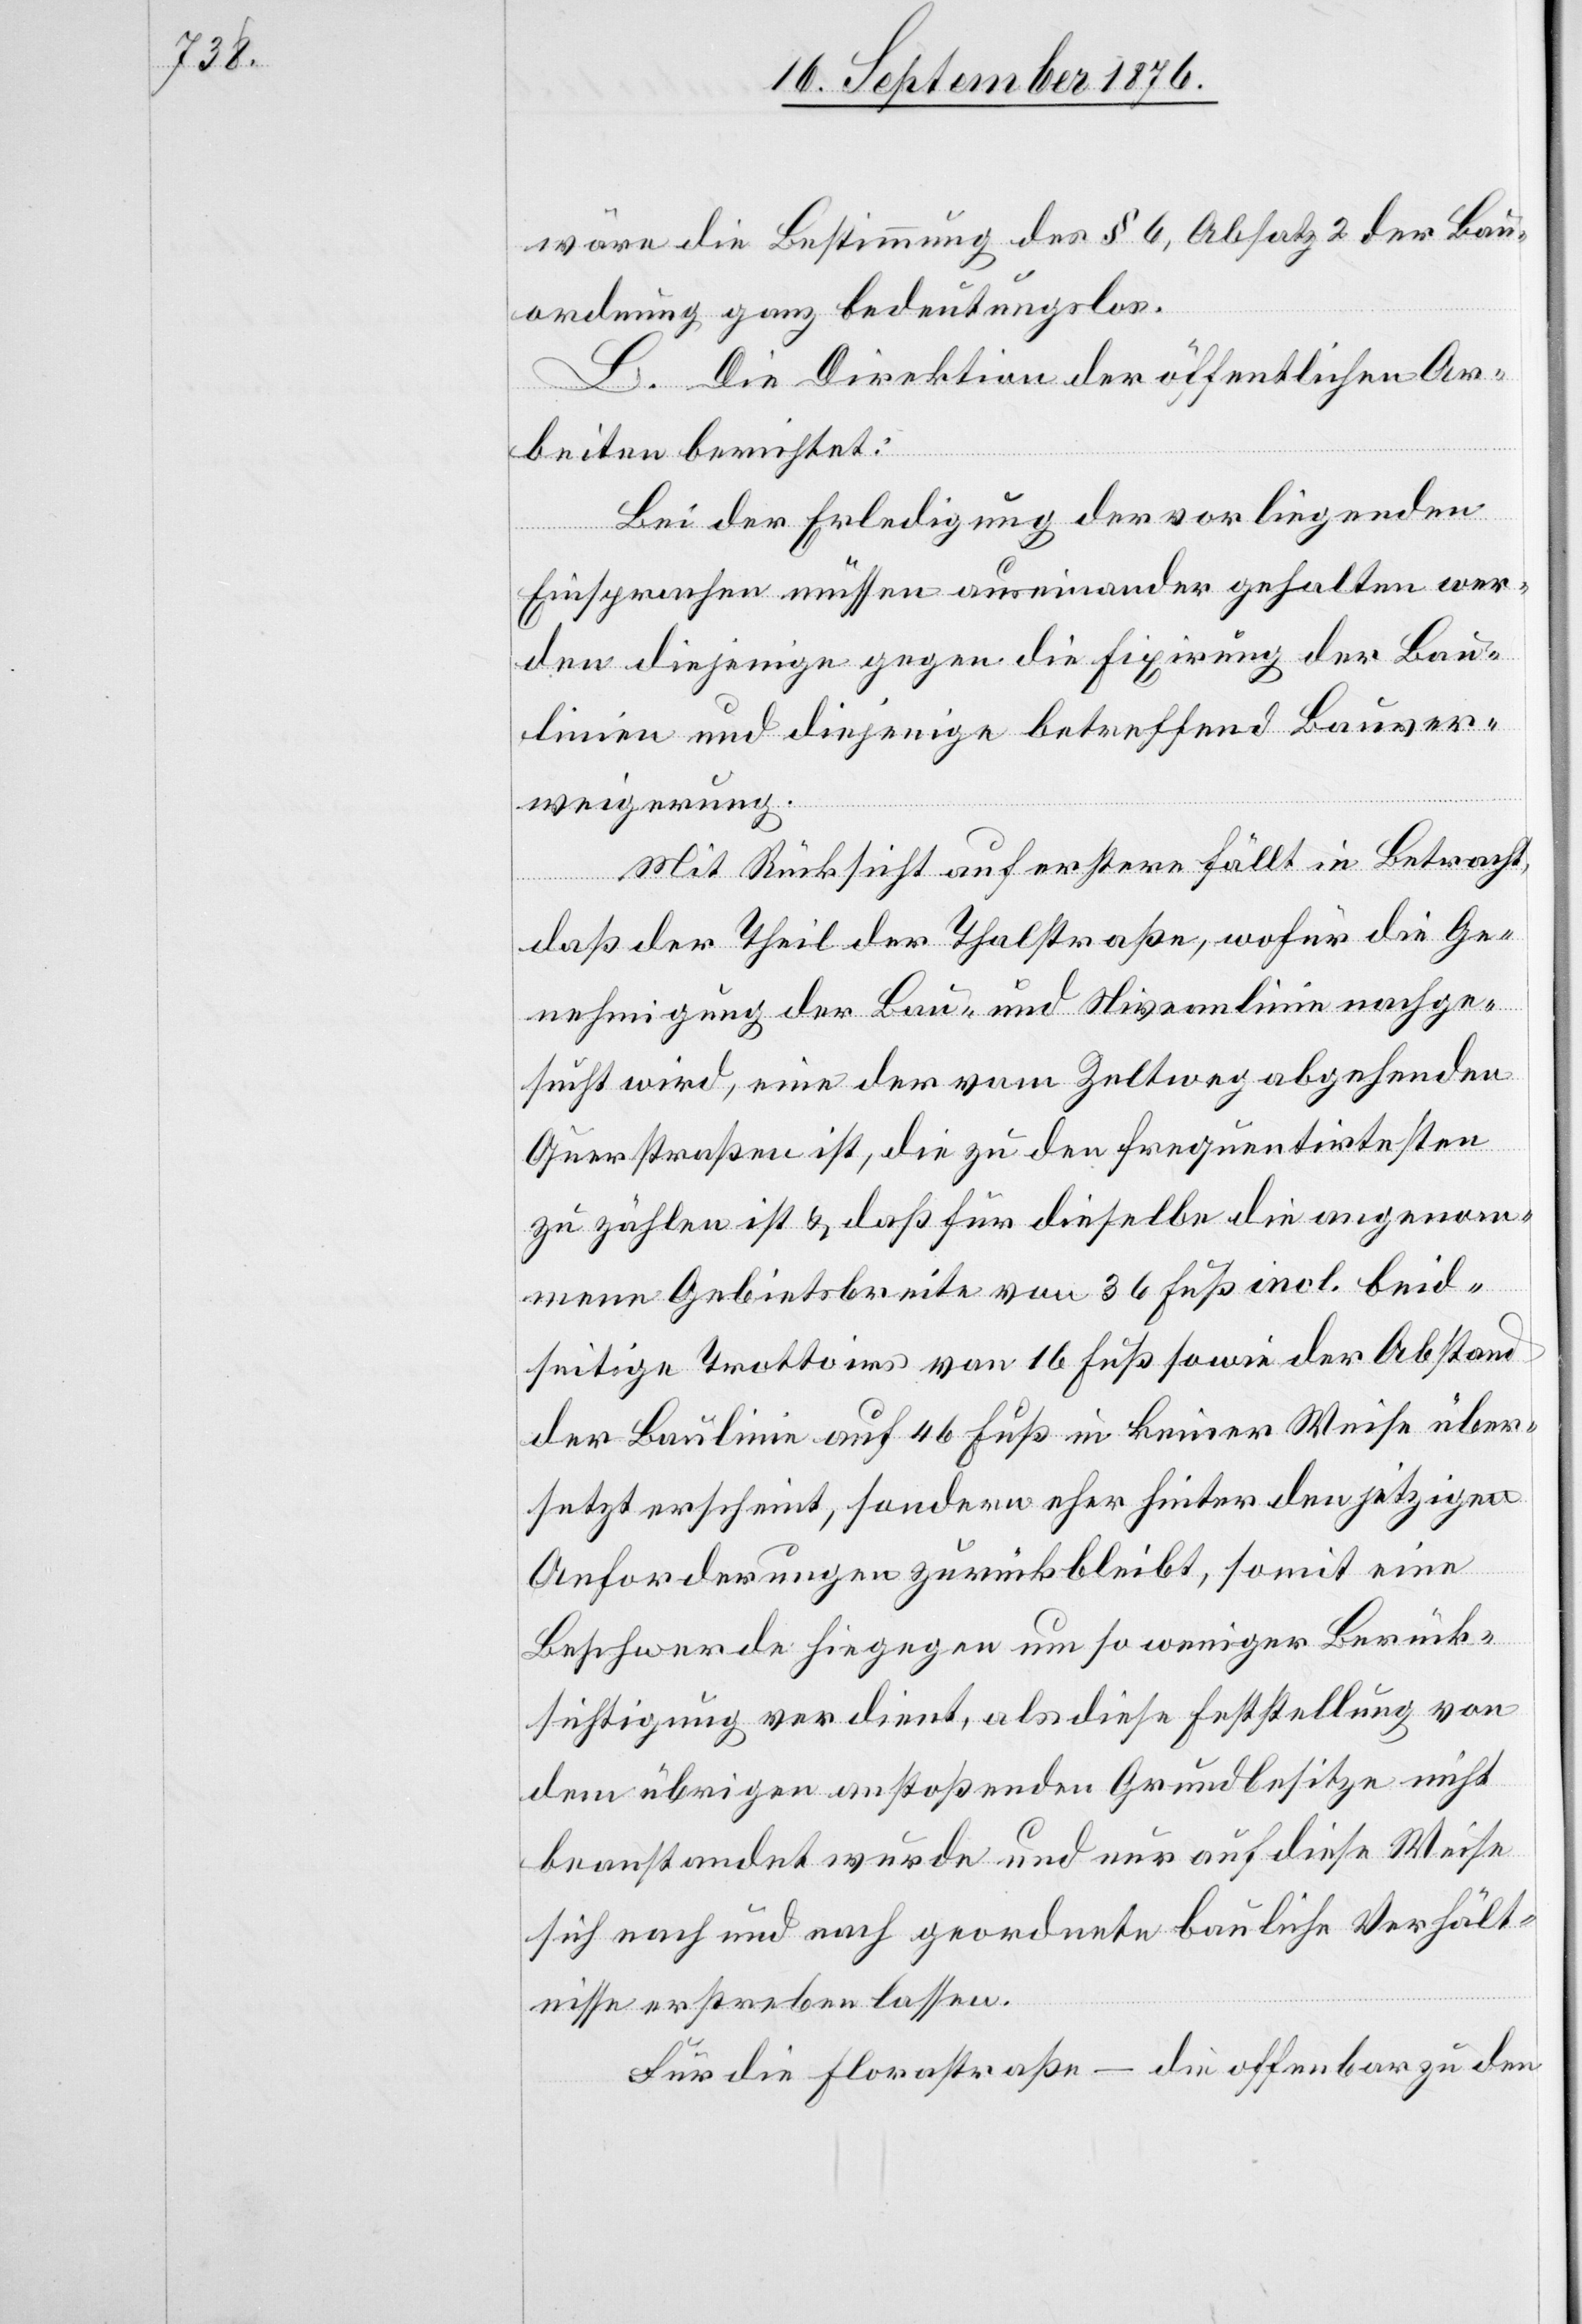
wäre die Bestimmung des § 6, Absatz 2 der Bau¬
ordnung ganz bedeutungslos.
L. Die Direktion der öffentlichen Ar¬
beiten berichtet:
Bei der Erledigung der vorliegenden
Einsprachen müssen auseinander gehalten wer¬
den diejenige gegen die Fixirung der Bau¬
linien und diejenige betreffend Bauver¬
weigerung.
Mit Rücksicht auf erstere fällt in Betracht,
daß der Theil der Thalstraße, wofür die Ge¬
nehmigung der Bau- und Niveaulinie nachge¬
sucht wird, eine der vom Zeltweg abgehenden
Querstraßen ist, die zu den frequentirtesten
zu zählen ist & daß für dieselbe die angenom¬
mene Gebietsbreite von 36 Fuß incl. beid¬
seitige Trottoirs von 16 Fuß sowie der Abstand
der Baulinie auf 46 Fuß in keiner Weise über¬
setzt erscheint, sondern eher hinter den jetzigen
Anforderungen zurückbleibt, somit eine
Beschwerde hiegegen um so weniger Berück¬
sichtigung verdient, als diese Feststellung von
dem übrigen anstoßenden Grundbesitze nicht
beanstandet wurde und nur auf diese Weise
sich nach und nach geordnete bauliche Verhält¬
nisse erstreben lassen.
Für die Florastraße – die offenbar zu den